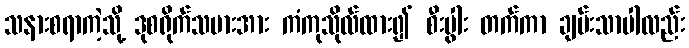
သနားစရာကဲ့သို့ ဒုစရိုက်သမားအား ကံကုသိုလ်ထား၍ စီးပွါး တက်ကာ ချမ်းသာပါလည်း